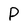
Character: P